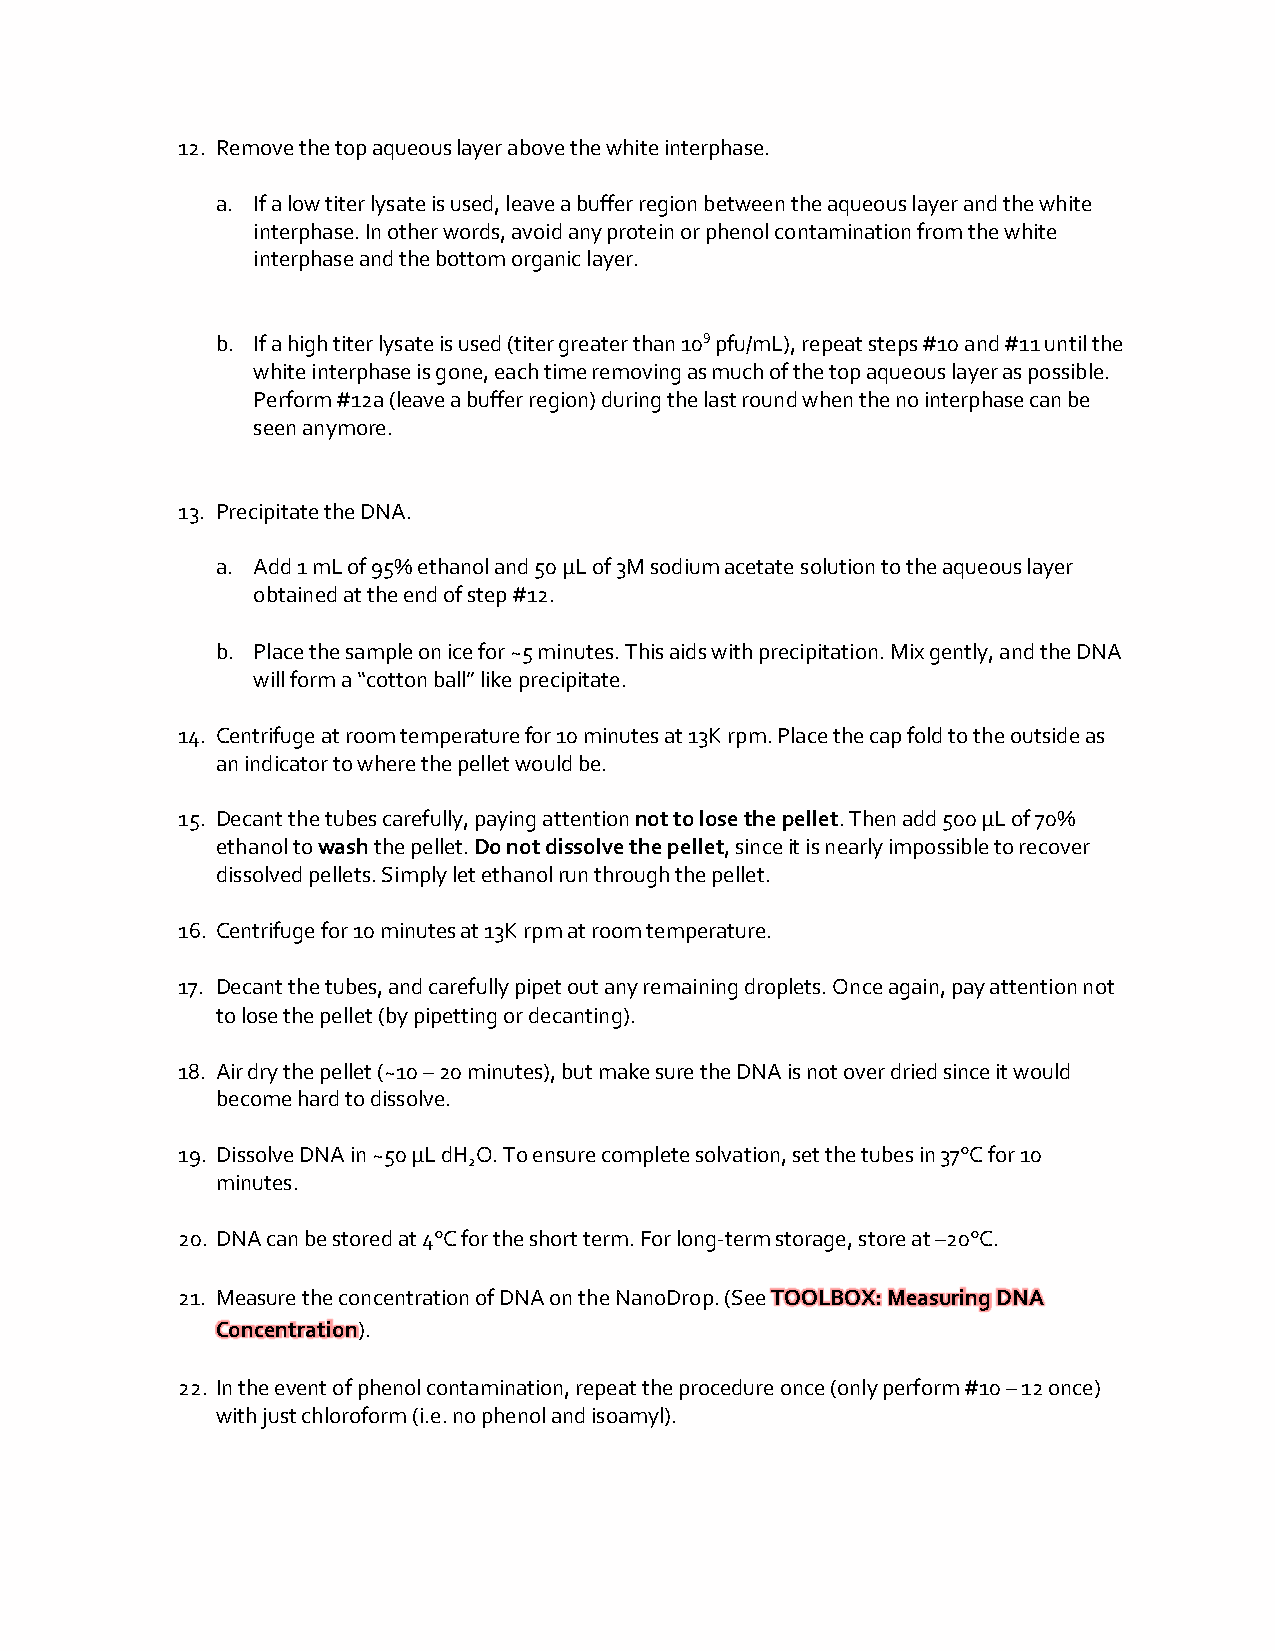
12. Remove the top aqueous layer above the white interphase.
 a. If a low titer lysate is used, leave a buffer region between the aqueous layer and the white
 interphase. In other words, avoid any protein or phenol contamination from the white
 interphase and the bottom organic layer.
 b. If a high titer lysate is used (titer greater than 109 pfu/mL), repeat steps #10 and #11 until the
 white interphase is gone, each time removing as much of the top aqueous layer as possible.
 Perform #12a (leave a buffer region) during the last round when the no interphase can be
 seen anymore.
 13. Precipitate the DNA.
 a. Add 1 mL of 95% ethanol and 50 μL of 3M sodium acetate solution to the aqueous layer
 obtained at the end of step #12.
 b. Place the sample on ice for ~5 minutes. This aids with precipitation. Mix gently, and the DNA
 will form a “cotton ball” like precipitate.
 14. Centrifuge at room temperature for 10 minutes at 13K rpm. Place the cap fold to the outside as
 an indicator to where the pellet would be.
 15. Decant the tubes carefully, paying attention not to lose the pellet. Then add 500 μL of 70%
 ethanol to wash the pellet. Do not dissolve the pellet, since it is nearly impossible to recover
 dissolved pellets. Simply let ethanol run through the pellet.
 16. Centrifuge for 10 minutes at 13K rpm at room temperature.
 17. Decant the tubes, and carefully pipet out any remaining droplets. Once again, pay attention not
 to lose the pellet (by pipetting or decanting).
 18. Air dry the pellet (~10 – 20 minutes), but make sure the DNA is not over dried since it would
 become hard to dissolve.
 19. Dissolve DNA in ~50 μL dH O. To ensure complete solvation, set the tubes in 37°C for 10
 2
 minutes.
 20. DNA can be stored at 4°C for the short term. For long-term storage, store at –20°C.
 21. Measure the concentration of DNA on the NanoDrop. (See TOOLBOX: Measuring DNA
 Concentration).
 22. In the event of phenol contamination, repeat the procedure once (only perform #10 – 12 once)
 with just chloroform (i.e. no phenol and isoamyl).